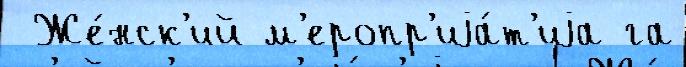
 Же́нск'ий м'еропр'иjа́т'иjа га